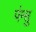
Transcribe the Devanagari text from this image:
पंग्सु